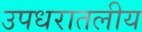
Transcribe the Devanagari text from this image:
उपधरातलीय